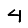
Digit: 4